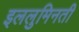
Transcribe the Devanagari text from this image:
इललुमिनती